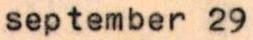
september 29